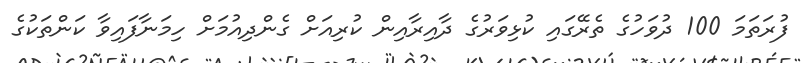
ފުރަތަމަ 100 ދުވަހުގެ ތެރޭގައި ކުޅިވަރުގެ ދާއިރާއިން ކުރިއަށް ގެންދިއުމަށް ހިމަނާފައިވާ ކަންތަކުގެ